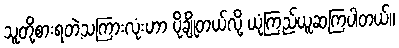
သူတို့စားရတဲ့သကြားလုံးဟာ ပိုချိုတယ်လို့ ယုံကြည်ယူဆကြပါတယ်။